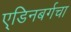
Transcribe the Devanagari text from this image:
ए्डिनबर्गचा